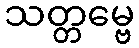
သတ္တမ္ဗေ